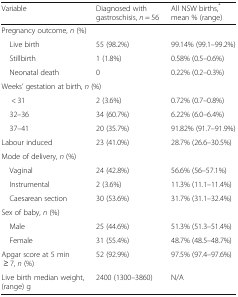
<table><thead><tr><td><b>Variable</b></td><td><b>Diagnosed with gastroschisis, <i>n</i> = 56</b></td><td><b>All NSW births,<sup>*</sup> mean % (range)</b></td></tr></thead><tbody><tr><td colspan="3">Pregnancy outcome, <i>n</i> (%)</td></tr><tr><td> Live birth</td><td>55 (98.2%)</td><td>99.14% (99.1–99.2%)</td></tr><tr><td> Stillbirth</td><td>1 (1.8%)</td><td>0.58% (0.5–0.6%)</td></tr><tr><td> Neonatal death</td><td>0</td><td>0.22% (0.2–0.3%)</td></tr><tr><td colspan="3">Weeks’ gestation at birth, <i>n</i> (%)</td></tr><tr><td>&lt; 31</td><td>2 (3.6%)</td><td>0.72% (0.7–0.8%)</td></tr><tr><td> 32–36</td><td>34 (60.7%)</td><td>6.22% (6.0–6.4%)</td></tr><tr><td> 37–41</td><td>20 (35.7%)</td><td>91.82% (91.7–91.9%)</td></tr><tr><td>Labour induced</td><td>23 (41.0%)</td><td>28.7% (26.6–30.5%)</td></tr><tr><td colspan="3">Mode of delivery, <i>n</i> (%)</td></tr><tr><td> Vaginal</td><td>24 (42.8%)</td><td>56.6% (56–57.1%)</td></tr><tr><td> Instrumental</td><td>2 (3.6%)</td><td>11.3% (11.1–11.4%)</td></tr><tr><td> Caesarean section</td><td>30 (53.6%)</td><td>31.7% (31.1–32.4%)</td></tr><tr><td colspan="3">Sex of baby, <i>n</i> (%)</td></tr><tr><td> Male</td><td>25 (44.6%)</td><td>51.3% (51.3–51.4%)</td></tr><tr><td> Female</td><td>31 (55.4%)</td><td>48.7% (48.5–48.7%)</td></tr><tr><td>Apgar score at 5 min ≥ 7, <i>n</i> (%)</td><td>52 (92.9%)</td><td>97.5% (97.4–97.6%)</td></tr><tr><td>Live birth median weight, (range) g</td><td>2400 (1300–3860)</td><td>N/A</td></tr></tbody></table>